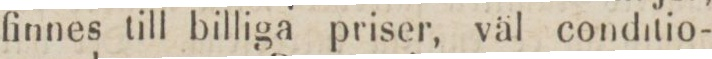
finnes till billiga priser, väl conditio-